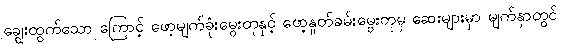
ချွေးထွက်သော ကြောင့် ဖော့မျက်ခုံးမွေးတုနှင့် ဖော့နှုတ်ခမ်းမွေးတုမှ ဆေးများမှာ မျက်နှာတွင်